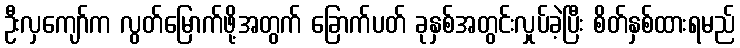
ဦးလှကျော်က လွတ်မြောက်ဖို့အတွက် ခြောက်ပတ် ခုနှစ်အတွင်းလှုပ်ခဲ့ပြီး စိတ်နှစ်ထားရမည်